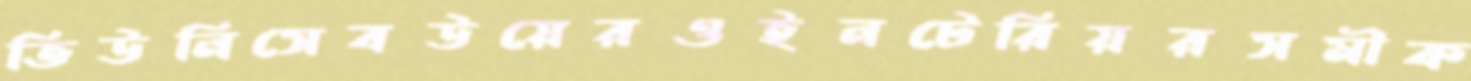
তিউনিসেবউয়েরওইনটেরিয়রসমীক